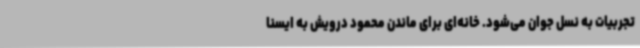
تجربیات به نسل جوان می‌شود. خانه‌ای برای ماندن ‌محمود درویش به ایسنا